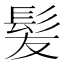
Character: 髪